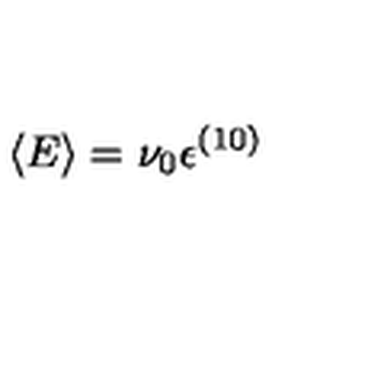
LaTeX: \langle E \rangle = \nu _ { 0 } { \epsilon } ^ { ( 1 0 ) }